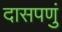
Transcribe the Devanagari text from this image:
दासपणुं